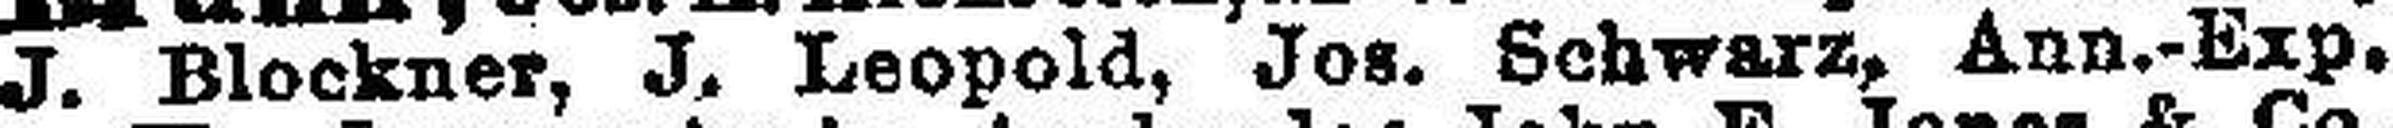
J. Blockner, J. Leopold, Jos. Schwarz, Ann.-Exp.